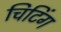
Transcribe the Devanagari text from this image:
चिटिंग